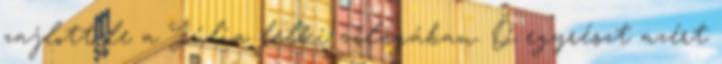
zajlott le a Júlia lelki világában. Õ egyrészt azért